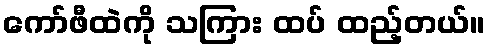
ကော်ဖီထဲကို သကြား ထပ် ထည့်တယ်။